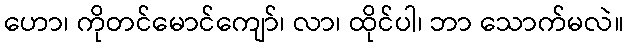
ဟော၊ ကိုတင်မောင်ကျော်၊ လာ၊ ထိုင်ပါ၊ ဘာ သောက်မလဲ။